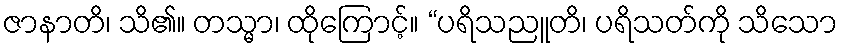
ဇာနာတိ၊ သိ၏။ တသ္မာ၊ ထိုကြောင့်။ “ပရိသညူတိ၊ ပရိသတ်ကို သိသော